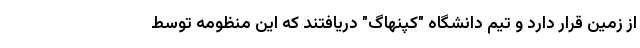
از زمین قرار دارد و تیم دانشگاه "کپنهاگ" دریافتند که این منظومه توسط